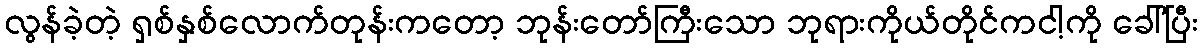
လွန်ခဲ့တဲ့ ရှစ်နှစ်လောက်တုန်းကတော့ ဘုန်းတော်ကြီးသော ဘုရားကိုယ်တိုင်ကငါ့ကို ခေါ်ပြီး